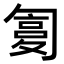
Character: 𠣸